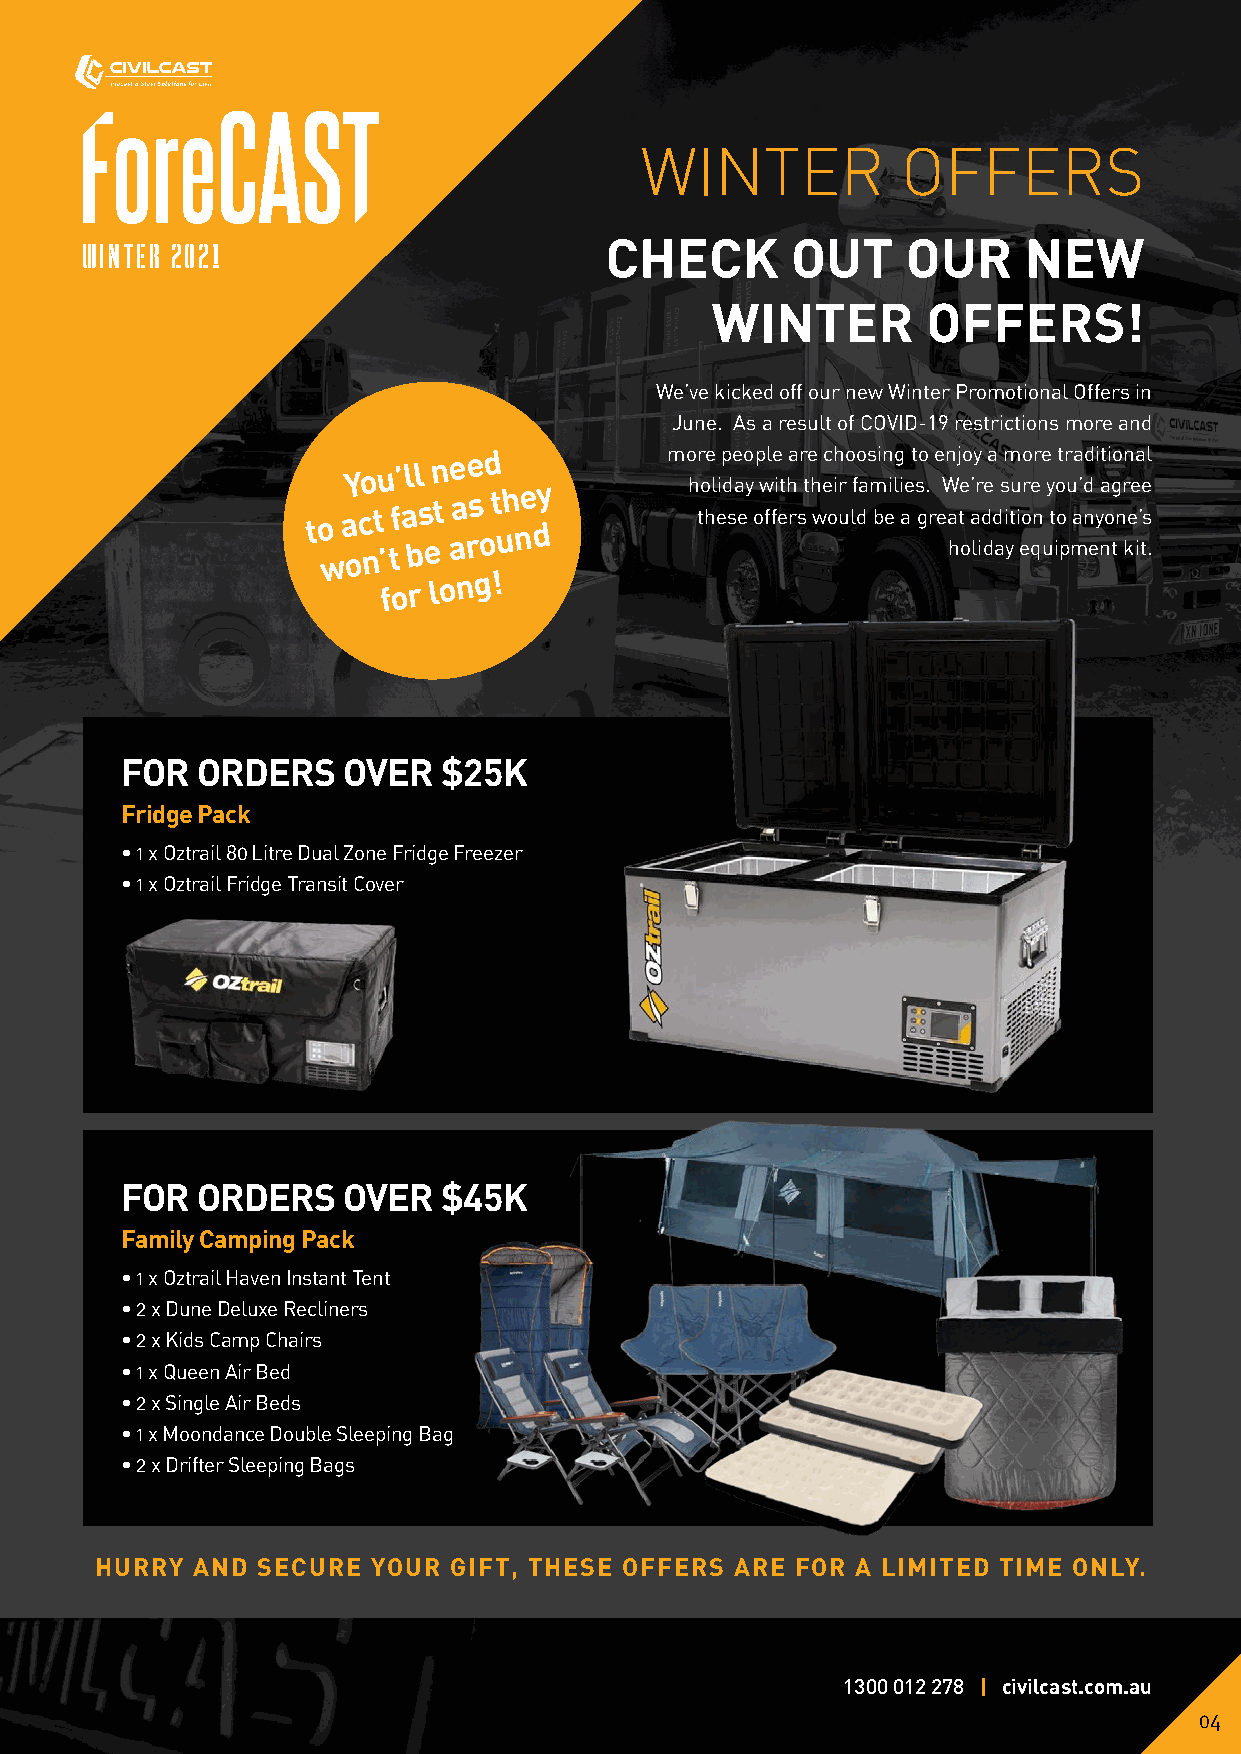
WINTER            OFFERS
 WINTER 2021                        CHECK       OUT     OUR     NEW
 WINTER        OFFERS!
 We’ve kicked off our new Winter Promotional Offers in
 June. As a result of COVID-19 restrictions more and
 You’ll
 need           more people are choosing to enjoy a more traditional
 to
 w
 a oc nt
 ’
 tf a bs et aa rs
 o
 t uh ne dy   h to hl eid sa ey o w ffi eth rs t h we oir u lf da m beil i ae s g. r e W a hte
 o
 ’ a lr id de d
 a
 s i ytu i eore qn
 u
 y t io o pu ma’ nd
 e
 y na og tn r kee i’ te s
 .
 for
 long!
 FOR  ORDERS    OVER  $25K
 Fridge Pack
 • 1 x Oztrail 80 Litre Dual Zone Fridge Freezer
 • 1 x Oztrail Fridge Transit Cover
 FOR  ORDERS    OVER  $45K
 Family Camping Pack
 • 1 x Oztrail Haven Instant Tent
 • 2 x Dune Deluxe Recliners
 • 2 x Kids Camp Chairs
 • 1 x Queen Air Bed
 • 2 x Single Air Beds
 • 1 x Moondance Double Sleeping Bag
 • 2 x Drifter Sleeping Bags
 HURRY  AND SECURE  YOUR GIFT, THESE OFFERS ARE FOR A LIMITED TIME ONLY.
 1300 012 278 | civilcast.com.au
 04